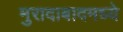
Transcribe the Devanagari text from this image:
मुरादाबादमध्ये